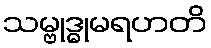
သမ္ဗုဒ္ဓုမရဟတိ